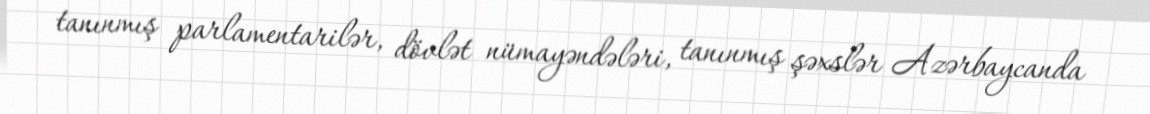
tanınmış parlamentarilər, dövlət nümayəndələri, tanınmış şəxslər Azərbaycanda